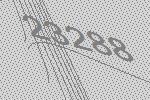
23288